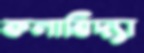
কলাবিদ্যা